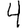
Digit: 4